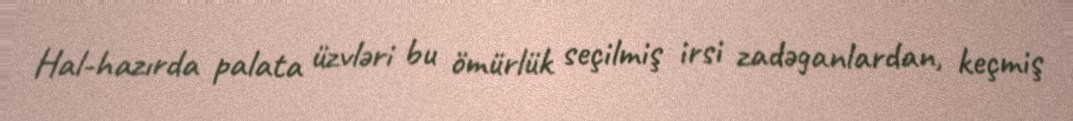
Hal-hazırda palata üzvləri bu ömürlük seçilmiş irsi zadəganlardan, keçmiş